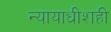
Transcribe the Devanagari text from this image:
न्यायाधीशही